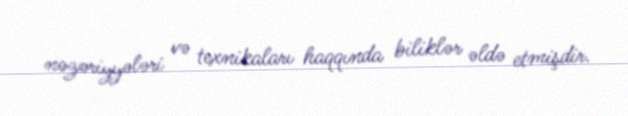
nəzəriyyələri və texnikaları haqqında biliklər əldə etmişdir.